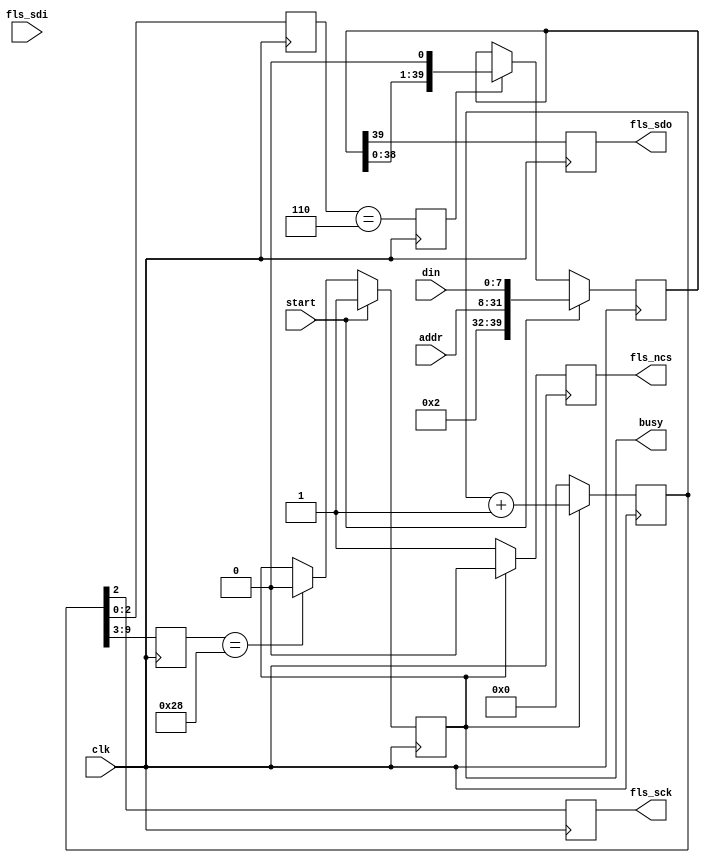
`timescale 1ns / 1ps
//////////////////////////////////////////////////////////////////////////////////
// Company: 
// Engineer: 
// 
// Design Name: 
// Module Name: flash_write
// Project Name: 
// Target Devices: 
// Tool Versions: 
// Description: 
// 
// Dependencies: 
// 
// Revision:
// Revision 0.01 - File Created
// Additional Comments:
// 
//////////////////////////////////////////////////////////////////////////////////

module flash_write
(
    input   wire        clk,

    // SPI
    output  reg         fls_sck,
    output  reg         fls_ncs,
    output  reg         fls_sdo,
    input   wire        fls_sdi,

    // ,1byte
    input   wire        start,
    input   wire [23:0] addr,
    input   wire [7:0]  din,

    output  reg         busy
);

reg [9:0] cnt;
reg [6:0] cycle_cnt; 
reg [2:0] phase_cnt;
reg [39:0] tx_reg;
reg sft_wen;
reg byte_flag;

initial
begin
    cnt = 0;
    tx_reg = 40'd0;
    busy = 0;
end

// 
always@(posedge clk)
begin
    if(busy)
        cnt <= cnt + 1;
    else
        cnt <= 0;
end

// 
always@(posedge clk)
begin
    cycle_cnt <= cnt[9:3];
end

// 
always@(posedge clk)
begin
    phase_cnt <= cnt[2:0];
end

// SPI
always@(posedge clk)
begin
    fls_sck <= cnt[2];
end

// SPI
always@(posedge clk)
begin
    if(busy)
        fls_ncs <= 0;
    else
        fls_ncs <= 1;
end

// 
always@(posedge clk)
begin
    if(start)
        tx_reg <= {8'h02,addr,din};
    else if(sft_wen)
        tx_reg <= {tx_reg[38:0],1'b0};
end

// (sck).
always@(posedge clk)
begin
    sft_wen <= (phase_cnt == 6);
end

// 1byte
always@(posedge clk)
begin
    byte_flag <= (cycle_cnt[2:0] == 7) && (phase_cnt == 5);
end

// sdo
always@(posedge clk)
begin
    fls_sdo <= tx_reg[39];
end

// busy
always@(posedge clk)
begin
    if(start)
        busy <= 1;
    else if(cycle_cnt == 40)
        busy <= 0;
end

endmodule